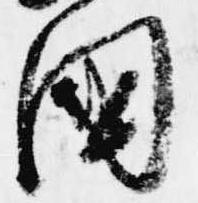
国